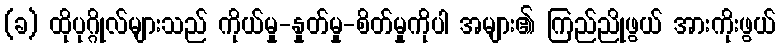
(ခ) ထိုပုဂ္ဂိုလ်များသည် ကိုယ်မှု-နှုတ်မှု-စိတ်မှုကိုပါ အများ၏ ကြည်ညိုဖွယ် အားကိုးဖွယ်